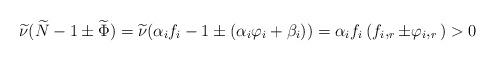
LaTeX: \begin{align*}\widetilde{\nu}(\widetilde{N}-1\pm\widetilde{\Phi})&=\widetilde{\nu}(\alpha_{i}f_{i}-1\pm\left(\alpha_{i}\varphi_{i}+\beta_{i})\right)=\alpha_{i}f_{i}\left(f_{i},_{r}\pm\varphi_{i},_{r}\right)>0\end{align*}